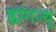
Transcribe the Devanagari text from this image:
ह्वांगज्यू